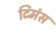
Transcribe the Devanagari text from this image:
टिमंस